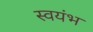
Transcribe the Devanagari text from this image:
स्वयंभ